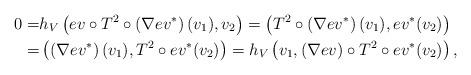
LaTeX: \begin{align*}0=&h_V\left( ev \circ T^2 \circ \left(\nabla ev^{\ast}\right)(v_1),v_2\right)=\left(T^2 \circ \left(\nabla ev^{\ast} \right)(v_1), ev^{\ast}(v_2)\right) \\=&\left(\left(\nabla ev^{\ast} \right)(v_1), T^2 \circ ev^{\ast}(v_2)\right)=h_V\left(v_1, \left(\nabla ev\right) \circ T^2 \circ ev^{\ast}(v_2)\right),\end{align*}